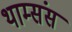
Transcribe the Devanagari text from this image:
थाम्संस